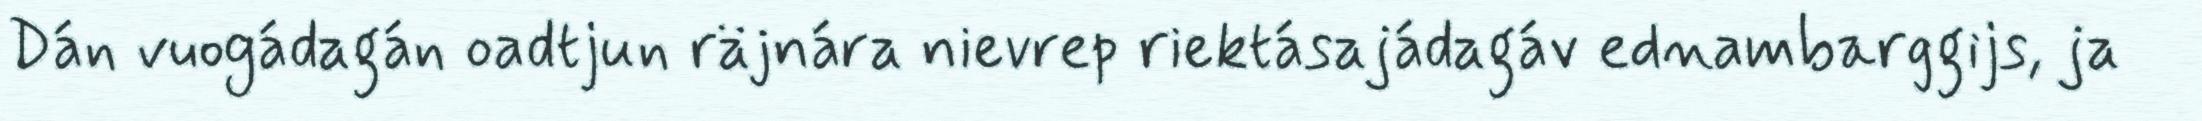
Dán vuogádagán oadtjun räjnára nievrep riektásajádagáv ednambarggijs, ja